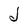
Character: J